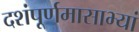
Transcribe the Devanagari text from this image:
दशंपूर्णमासाभ्यां